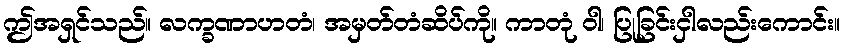
ဤအရှင်သည်။ လက္ခဏာဟတံ၊ အမှတ်တံဆိပ်ကို။ ကာတုံ ဝါ၊ ပြုခြင်းငှါလည်းကောင်း။